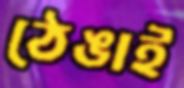
ঠেঙাই